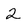
Character: 2